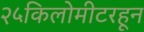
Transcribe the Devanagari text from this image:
२५किलोमीटरहून